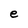
Character: e